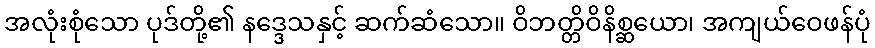
အလုံးစုံသော ပုဒ်တို့၏ နဒ္ဒေသနှင့် ဆက်ဆံသော။ ဝိဘတ္တိဝိနိစ္ဆယော၊ အကျယ်ဝေဖန်ပုံ